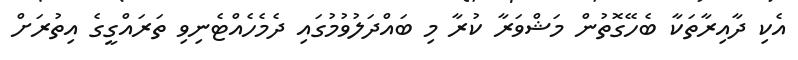
އެކި ދާއިރާތަކާ ބެހޭގޮތުން މަޝްވަރާ ކުރާ މި ބައްދަލުވުމުގައި ދެމެހެއްޓެނިވި ތަރައްގީގެ އިތުރަށް